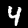
Label: 4